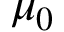
\mu _ { 0 }